Medical and sanitary report of the native army of Madras for the year
Year: 1872
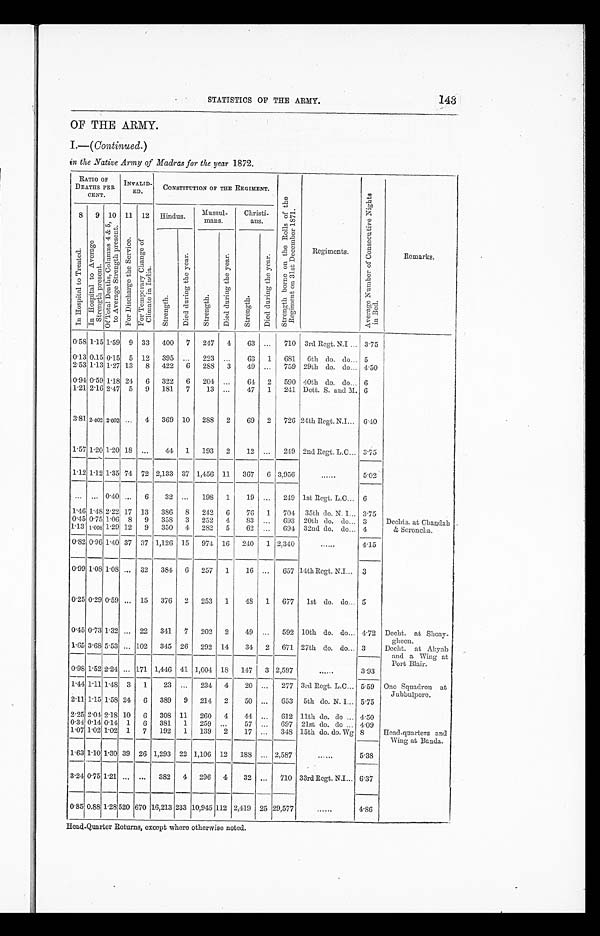
STATISTICS OF THE ARMY.
143
OF THE ARMY.
I.—( Continued.)
in the Native Army of Madras for the year 1872.
RATIO OF
DEATHS PER
CENT.
INVALID-
ED
CONSTITUTION OF THE REGIMENT.
S t r e n g t h b o r n e o n t h e R o l l s o f t h e
R e g i m e n t o n 3 1 s t D e c e m b e r 1 8 7 1 .
Regiments.
A v e r a g e N u m b e r o f C o n s e c u t i v e N i g h t s
in Bed.
Remarks.
8
I n H o s p i t a l t o T r e a t e d .
9
I n H o s p i t a l t o A v e r a g e
S t r e n g t h p r e s e n t .
10
O f T o a l D e a t h s , C o l u m n s 4 & 5 ,
t o A v e r a g e S t r e n g t h p r e s e n t .
11
F o r Di s c h a r g e t h e S e r v i c e .
12
F o r Te mp o r a r y Ch a n g e o f
Cl i mi nat e i n I ndi a. Hindus.
Mussul-
mans.
Christi-
ans.
S t r e n g t h .
D i e d d u r i n g t h e Y e a r .
St r e ngt h.
D i e d d u r i n g t h e Y e a r .
S t r e n g t h
D i e d d u r i n g t h e Y e a r .
0.58 1.15 1.59
9
33
400
7
247
4
63
...
710
3rd Regt. N.I ... 3.75
0.13 0.15 0.15
5
12
395
...
223
...
63
1
681
6th do. do... 5
2.53 1.13 1.27 13
8
422
6
288
3
49 ...
759 29th do. do... 4.50
0.94 0.59 1.18 24
6
322
6
204
...
64
2
590 40th do. do... 6
1.21 2.16 2.47
5
9
181
7
13
...
47
1
241 Dett. S. and M. 6
3.81 2.002 2.002 ...
4
369
10
288
2
69
2
726 24th Regt. N.I...
6.40
1.57 1.20 1:20 18
...
44
1
193
2
12
...
249 2nd Regt. L.C... 3.75
1.12 1.1.2 1.35 74
72 2,133
37 1,456
11
367
6
3,956
...
5.02
...
... 0.40 ...
6
32
...
198
1
19
...
249 1st Regt. L.C...
6
1.46 1.48 2.22 17
13
386
8
242
6
76
1
704
35th do. N.I... 3.75
Dechts. at Chandah
& Seroncha.
0.45 0.75 1.06
8
9
358
3
252
4
83
...
693
20th do. do...
3
1.13 1.008 1.29 12
9
350
4
282
5
62
...
694
32nd do. do... 4
0.82 0.96 1.40 37
37 1,126
15
974
16
240
1 2,340
......
4.15
0.99 1.08 1.08 ...
32
384
6
257
1
16
...
657 14th Regt. N.I...
3
0.25 0.29 0.59 ...
15
376
2
253
1
48
1
677
1st do. do... 5
0.45 0.73 1.32 ...
22
341
7
202
2
49
...
592
10th do. do.... 4.72 Decht. at Shoay- g h e e n .
1.65 3.68 5.53 ... 102
345
26
292
14
34
2
671 27th do. do... 3
Decht. at Akyab
and a Wing at
Port Blair.
0.98 1.52 2.24 ... 171 1,446
41 1,004
18
147
3 2,597
......
3.93
1.44 1.11 1.48
3
1
23
...
234
4
20
...
277 3rd Regt. L.C...
5.59
One Squadron at
Jubbulpore.
2.11 1.15 1.58 24
6
389
9
214
2
50
...
653
5th do. N. I... 5.75
2.25 2.04 2.18 10
6
308
11
260
4
44
...
612 11th do. do ... 4.50
Head-quarters and
Wing at Banda.
0.34 0.14 0.14
1
6
381
1
259
...
57
...
697
21st do. do ... 4.09
1.07 1.02 1.02
1
7
192
1
139
2
17
...
348
15th do. do. Wg 8
1.63 1.10 1.30 39
26 1,293
22 1,106
12
188
... 2,587
...
5.38
3.24 0.75 1.21
...
...
382
4
296
4
32 ...
710 33r d Regt . N. I . . .
6.37
0.85 0.88 1.28 520 670 16,213 233 10,945 112 2,419
25 29,577
.....
4.86
Head-Quarter Returns, except where otherwise noted.